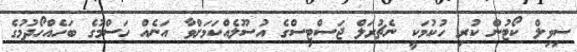
ސިވިލް ކޯޓުން ކުރި ހުކުމަކީ ނެޗުރަލް ޖަސްޓިސްގެ އުސޫލެއްކަމަށްވާ އަނެއް ހަސްމުގެ ބަހެއްހޯދުމުގެ